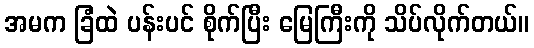
အမက ခြံထဲ ပန်းပင် စိုက်ပြီး မြေကြီးကို သိပ်လိုက်တယ်။